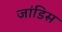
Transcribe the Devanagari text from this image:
जांडिस